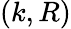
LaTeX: (k,R)